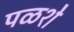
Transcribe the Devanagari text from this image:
पळशे